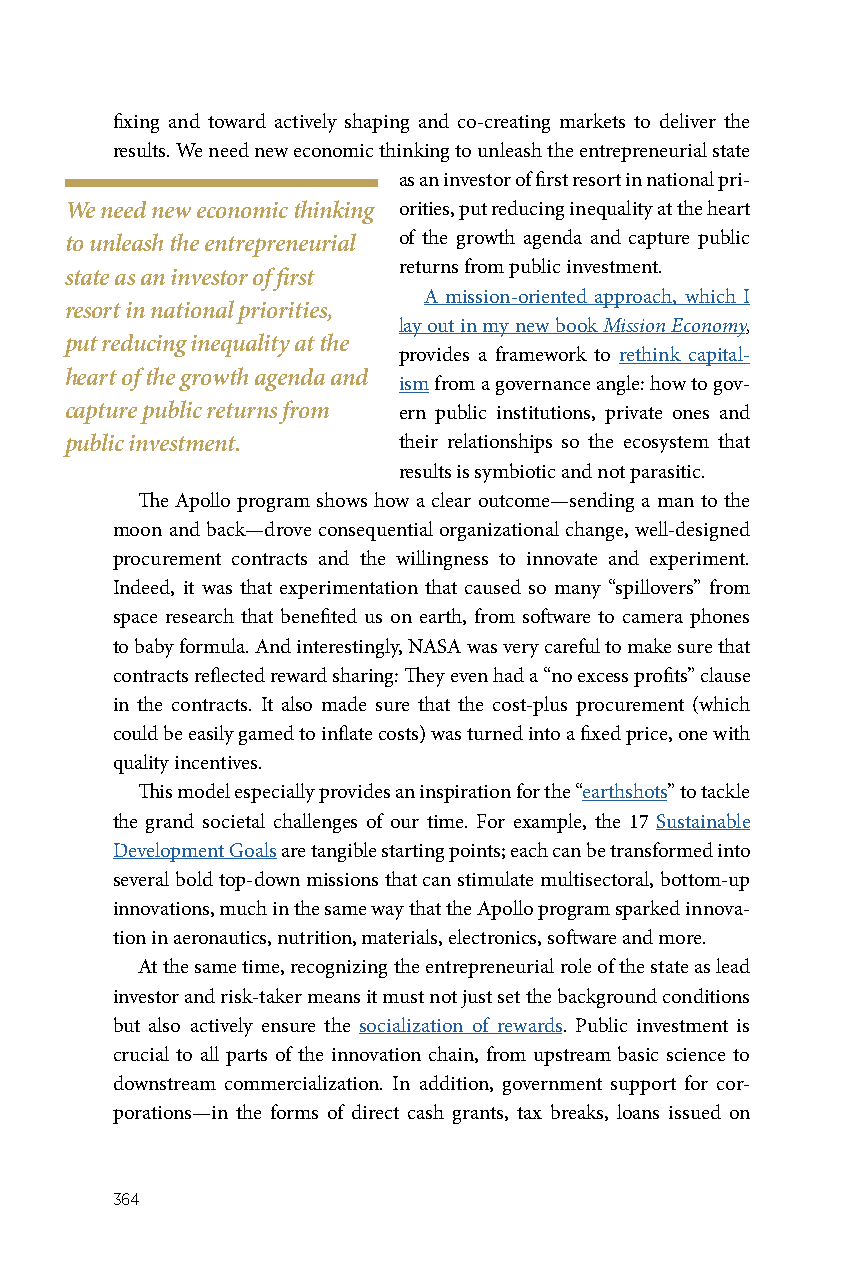
fixing and toward actively shaping and co-creating markets to deliver the
 results. We need new economic thinking to unleash the entrepreneurial state
 as an investor of first resort in national pri-
 We need new economic thinking orities, put reducing inequality at the heart
 to unleash the entrepreneurial of the growth agenda and capture public
 returns from public investment.
 state as an investor of first
 A mission-oriented approach, which I
 resort in national priorities,
 lay out in my new book Mission Economy,
 put reducing inequality at the
 provides a framework to rethink capital-
 heart of the growth agenda and
 ism from a governance angle: how to gov-
 capture public returns from ern public institutions, private ones and
 public investment.    their relationships so the ecosystem that
 results is symbiotic and not parasitic.
 The Apollo program shows how a clear outcome—sending a man to the
 moon and back—drove consequential organizational change, well-designed
 procurement contracts and the willingness to innovate and experiment.
 Indeed, it was that experimentation that caused so many “spillovers” from
 space research that benefited us on earth, from software to camera phones
 to baby formula. And interestingly, NASA was very careful to make sure that
 contracts reflected reward sharing: They even had a “no excess profits” clause
 in the contracts. It also made sure that the cost-plus procurement (which
 could be easily gamed to inflate costs) was turned into a fixed price, one with
 quality incentives.
 This model especially provides an inspiration for the “earthshots” to tackle
 the grand societal challenges of our time. For example, the 17 Sustainable
 Development Goals are tangible starting points; each can be transformed into
 several bold top-down missions that can stimulate multisectoral, bottom-up
 innovations, much in the same way that the Apollo program sparked innova-
 tion in aeronautics, nutrition, materials, electronics, software and more.
 At the same time, recognizing the entrepreneurial role of the state as lead
 investor and risk-taker means it must not just set the background conditions
 but also actively ensure the socialization of rewards. Public investment is
 crucial to all parts of the innovation chain, from upstream basic science to
 downstream commercialization. In addition, government support for cor-
 porations—in the forms of direct cash grants, tax breaks, loans issued on
 364